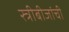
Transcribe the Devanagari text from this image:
स्त्रीबीजांची